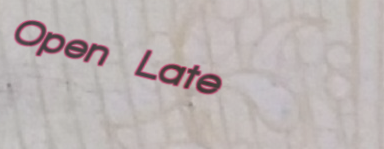
Open Late